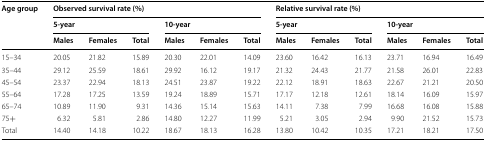
<table><thead><tr><td rowspan="3"><b>Age group</b></td><td colspan="6"><b>Observed survival rate (%)</b></td><td colspan="6"><b>Relative survival rate (%)</b></td></tr><tr><td colspan="3"><b>5-year</b></td><td colspan="3"><b>10-year</b></td><td colspan="3"><b>5-year</b></td><td colspan="3"><b>10-year</b></td></tr><tr><td><b>Males</b></td><td><b>Females</b></td><td><b>Total</b></td><td><b>Males</b></td><td><b>Females</b></td><td><b>Total</b></td><td><b>Males</b></td><td><b>Females</b></td><td><b>Total</b></td><td><b>Males</b></td><td><b>Females</b></td><td><b>Total</b></td></tr></thead><tbody><tr><td>15–34</td><td>20.05</td><td>21.82</td><td>15.89</td><td>20.30</td><td>22.01</td><td>14.09</td><td>23.60</td><td>16.42</td><td>16.13</td><td>23.71</td><td>16.94</td><td>16.49</td></tr><tr><td>35–44</td><td>29.12</td><td>25.59</td><td>18.61</td><td>29.92</td><td>16.12</td><td>19.17</td><td>21.32</td><td>24.43</td><td>21.77</td><td>21.58</td><td>26.01</td><td>22.83</td></tr><tr><td>45–54</td><td>23.37</td><td>22.94</td><td>18.13</td><td>24.51</td><td>23.87</td><td>19.22</td><td>22.12</td><td>18.91</td><td>18.63</td><td>22.67</td><td>21.21</td><td>20.50</td></tr><tr><td>55–64</td><td>17.28</td><td>17.25</td><td>13.59</td><td>19.24</td><td>18.89</td><td>15.71</td><td>17.17</td><td>12.18</td><td>12.61</td><td>18.14</td><td>16.09</td><td>15.97</td></tr><tr><td>65–74</td><td>10.89</td><td>11.90</td><td>9.31</td><td>14.36</td><td>15.14</td><td>15.63</td><td>14.11</td><td>7.38</td><td>7.99</td><td>16.68</td><td>16.08</td><td>15.88</td></tr><tr><td>75+</td><td>6.32</td><td>5.81</td><td>2.86</td><td>14.80</td><td>12.27</td><td>11.99</td><td>5.21</td><td>3.05</td><td>2.94</td><td>9.90</td><td>21.52</td><td>15.73</td></tr><tr><td>Total</td><td>14.40</td><td>14.18</td><td>10.22</td><td>18.67</td><td>18.13</td><td>16.28</td><td>13.80</td><td>10.42</td><td>10.35</td><td>17.21</td><td>18.21</td><td>17.50</td></tr></tbody></table>